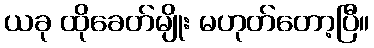
ယခု ထိုခေတ်မျိုး မဟုတ်တော့ပြီ။